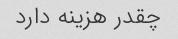
چقدر هزینه دارد